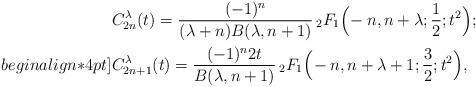
LaTeX: \begin{align*}&C_{2n}^{\lambda}(t)=\frac{(-1)^n}{(\lambda+n)B(\lambda,n+1)}\, {}_{2}F_{1}\Big(\!-n,n+\lambda;\frac{1}{2};t^2\Big);\\begin{align*}4pt]&C_{2n+1}^{\lambda}(t)=\frac{(-1)^n 2t}{B(\lambda,n+1)}\, {}_{2}F_{1}\Big(\!-n,n+\lambda+1;\frac{3}{2};t^2\Big),\end{align*}